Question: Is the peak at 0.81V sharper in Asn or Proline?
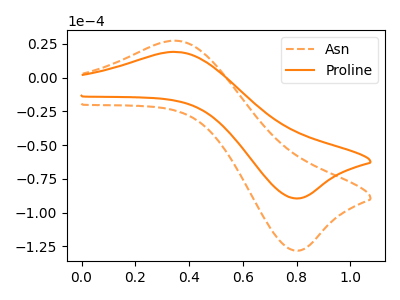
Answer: <think>The orange dashed curve "Asn" has an anodic peak at (0.35V, 27.40uA) and a cathodic peak at (0.80V, -128.10uA). The orange curve "Proline" has an anodic peak at (0.35V, 19.15uA) and a cathodic peak at (0.80V, -89.40uA).</think>
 <answer>The peak at 0.81V is higher in "Asn" than in "Proline".</answer>
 <eval>higher</eval>